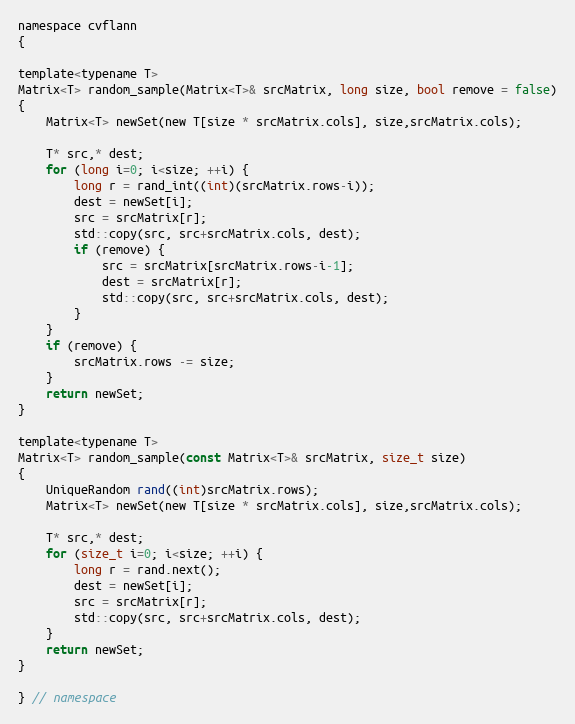
Language: C
namespace cvflann
{

template<typename T>
Matrix<T> random_sample(Matrix<T>& srcMatrix, long size, bool remove = false)
{
    Matrix<T> newSet(new T[size * srcMatrix.cols], size,srcMatrix.cols);

    T* src,* dest;
    for (long i=0; i<size; ++i) {
        long r = rand_int((int)(srcMatrix.rows-i));
        dest = newSet[i];
        src = srcMatrix[r];
        std::copy(src, src+srcMatrix.cols, dest);
        if (remove) {
            src = srcMatrix[srcMatrix.rows-i-1];
            dest = srcMatrix[r];
            std::copy(src, src+srcMatrix.cols, dest);
        }
    }
    if (remove) {
        srcMatrix.rows -= size;
    }
    return newSet;
}

template<typename T>
Matrix<T> random_sample(const Matrix<T>& srcMatrix, size_t size)
{
    UniqueRandom rand((int)srcMatrix.rows);
    Matrix<T> newSet(new T[size * srcMatrix.cols], size,srcMatrix.cols);

    T* src,* dest;
    for (size_t i=0; i<size; ++i) {
        long r = rand.next();
        dest = newSet[i];
        src = srcMatrix[r];
        std::copy(src, src+srcMatrix.cols, dest);
    }
    return newSet;
}

} // namespace